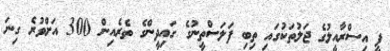
ޕީ އިސްރާއީލުގެ ޖަލުތަކުގައި ތިބި ފަލަސްތީނުގެ ގައިދީންގެ ތެރެއިން 300 އަށްވުރެ ގިނަ